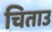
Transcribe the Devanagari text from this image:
चिताउ